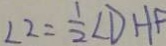
\angle 2 = \frac { 1 } { 2 } \angle D H F